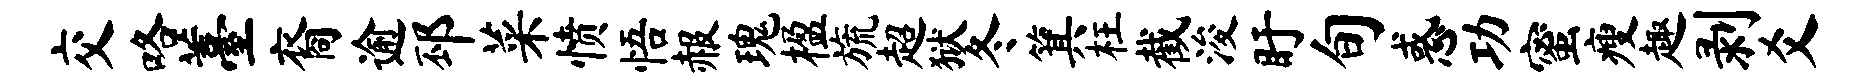
交咯薹裔逾邳菜愤悟赧瑰楹旒超狱冬箕枉截浚盱旬惑功蜜瘦趣剥爻